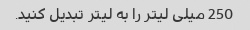
250 میلی لیتر را به لیتر تبدیل کنید.